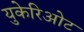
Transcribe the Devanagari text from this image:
युकेरिओट